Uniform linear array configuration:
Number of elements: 12
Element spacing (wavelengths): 0.5
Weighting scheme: binomial
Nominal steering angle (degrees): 60
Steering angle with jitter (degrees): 61.484
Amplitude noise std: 0.05
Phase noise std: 0.05

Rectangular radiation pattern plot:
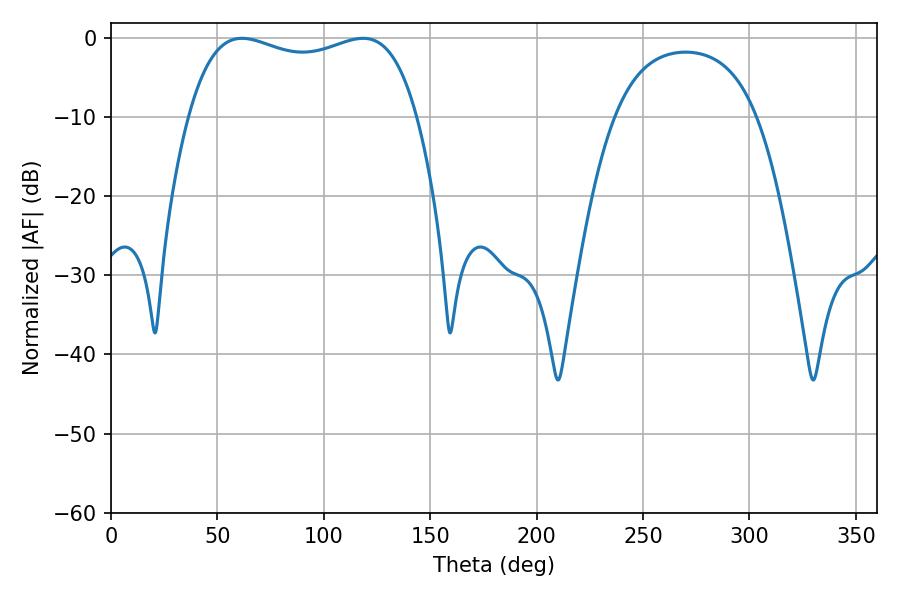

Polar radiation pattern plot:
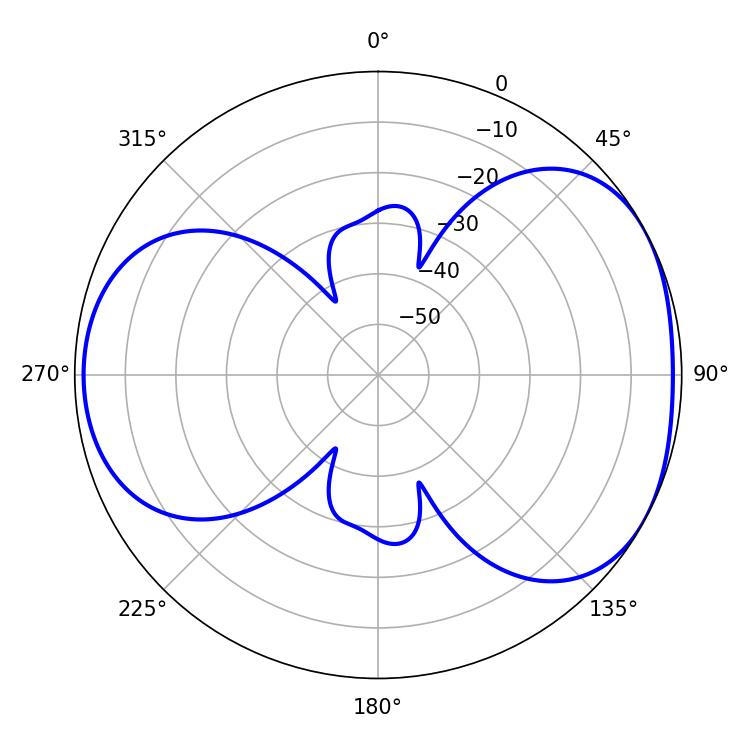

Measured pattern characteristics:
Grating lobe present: FALSE
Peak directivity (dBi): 4.597
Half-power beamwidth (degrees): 87.48
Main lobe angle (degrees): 61.56